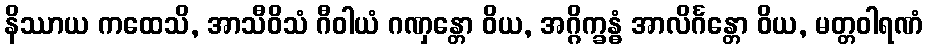
နိဿာယ ကထေသိ, အာသီဝိသံ ဂီဝါယံ ဂဏှန္တော ဝိယ, အဂ္ဂိက္ခန္ဓံ အာလိင်္ဂန္တော ဝိယ, မတ္တဝါရဏံ